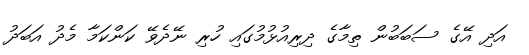
އަދި އޭގެ ސަބަބުން ތިމާގެ ދިރިއުޅުމުގައި ހުރި ނޭދެވޭ ކަންކަމާ މެދު އަބަދު